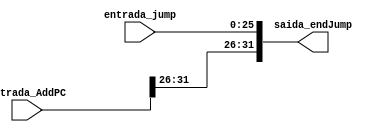
module concatenador (entrada_AddPC, entrada_jump, saida_endJump);
	input [31:0] entrada_AddPC;
	input [25:0] entrada_jump;
	
	output wire [31:0] saida_endJump;
	assign saida_endJump = { entrada_AddPC [31:26] , entrada_jump };

endmodule